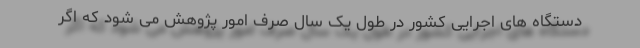
دستگاه های اجرایی کشور در طول یک سال صرف امور پژوهش می شود که اگر